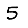
Digit: 5